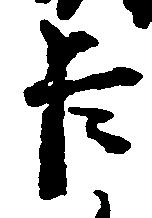
臣